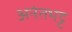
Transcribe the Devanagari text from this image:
अनंतभट्ट